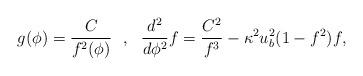
LaTeX: \begin{align*}g(\phi)=\frac{C}{f^2(\phi)}\ \ ,\ \ \frac{d^2}{d\phi^2}f=\frac{C^2}{f^3}-\kappa^2u^2_b(1-f^2)f,\end{align*}